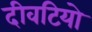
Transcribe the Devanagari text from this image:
दीवटियो